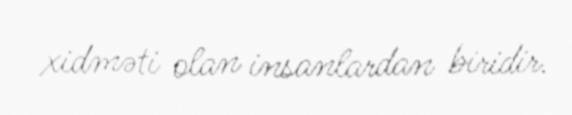
xidməti olan insanlardan biridir.